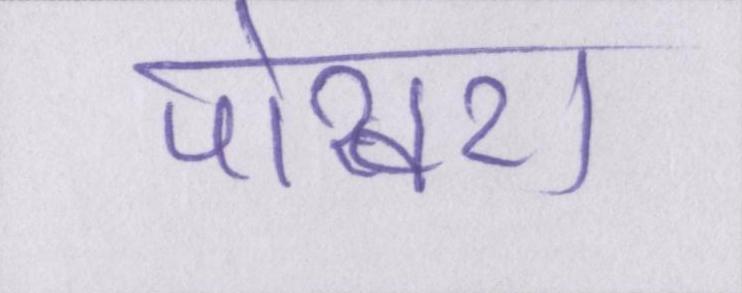
पोखरा